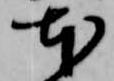
本